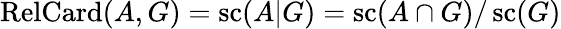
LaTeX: \operatorname{RelCard}(A,G)=\operatorname{sc}(A|G)=\operatorname{sc}(A\cap{G})/\operatorname{sc}(G)